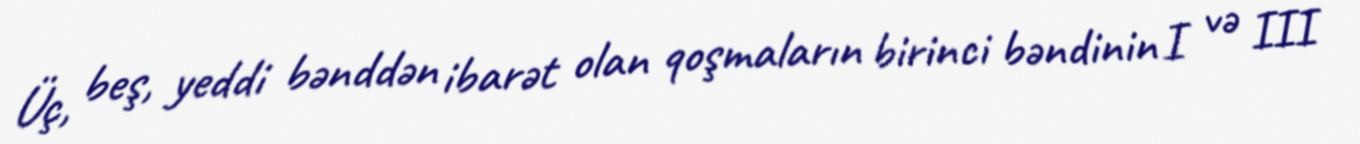
Üç, beş, yeddi bənddən ibarət olan qoşmaların birinci bəndinin I və III